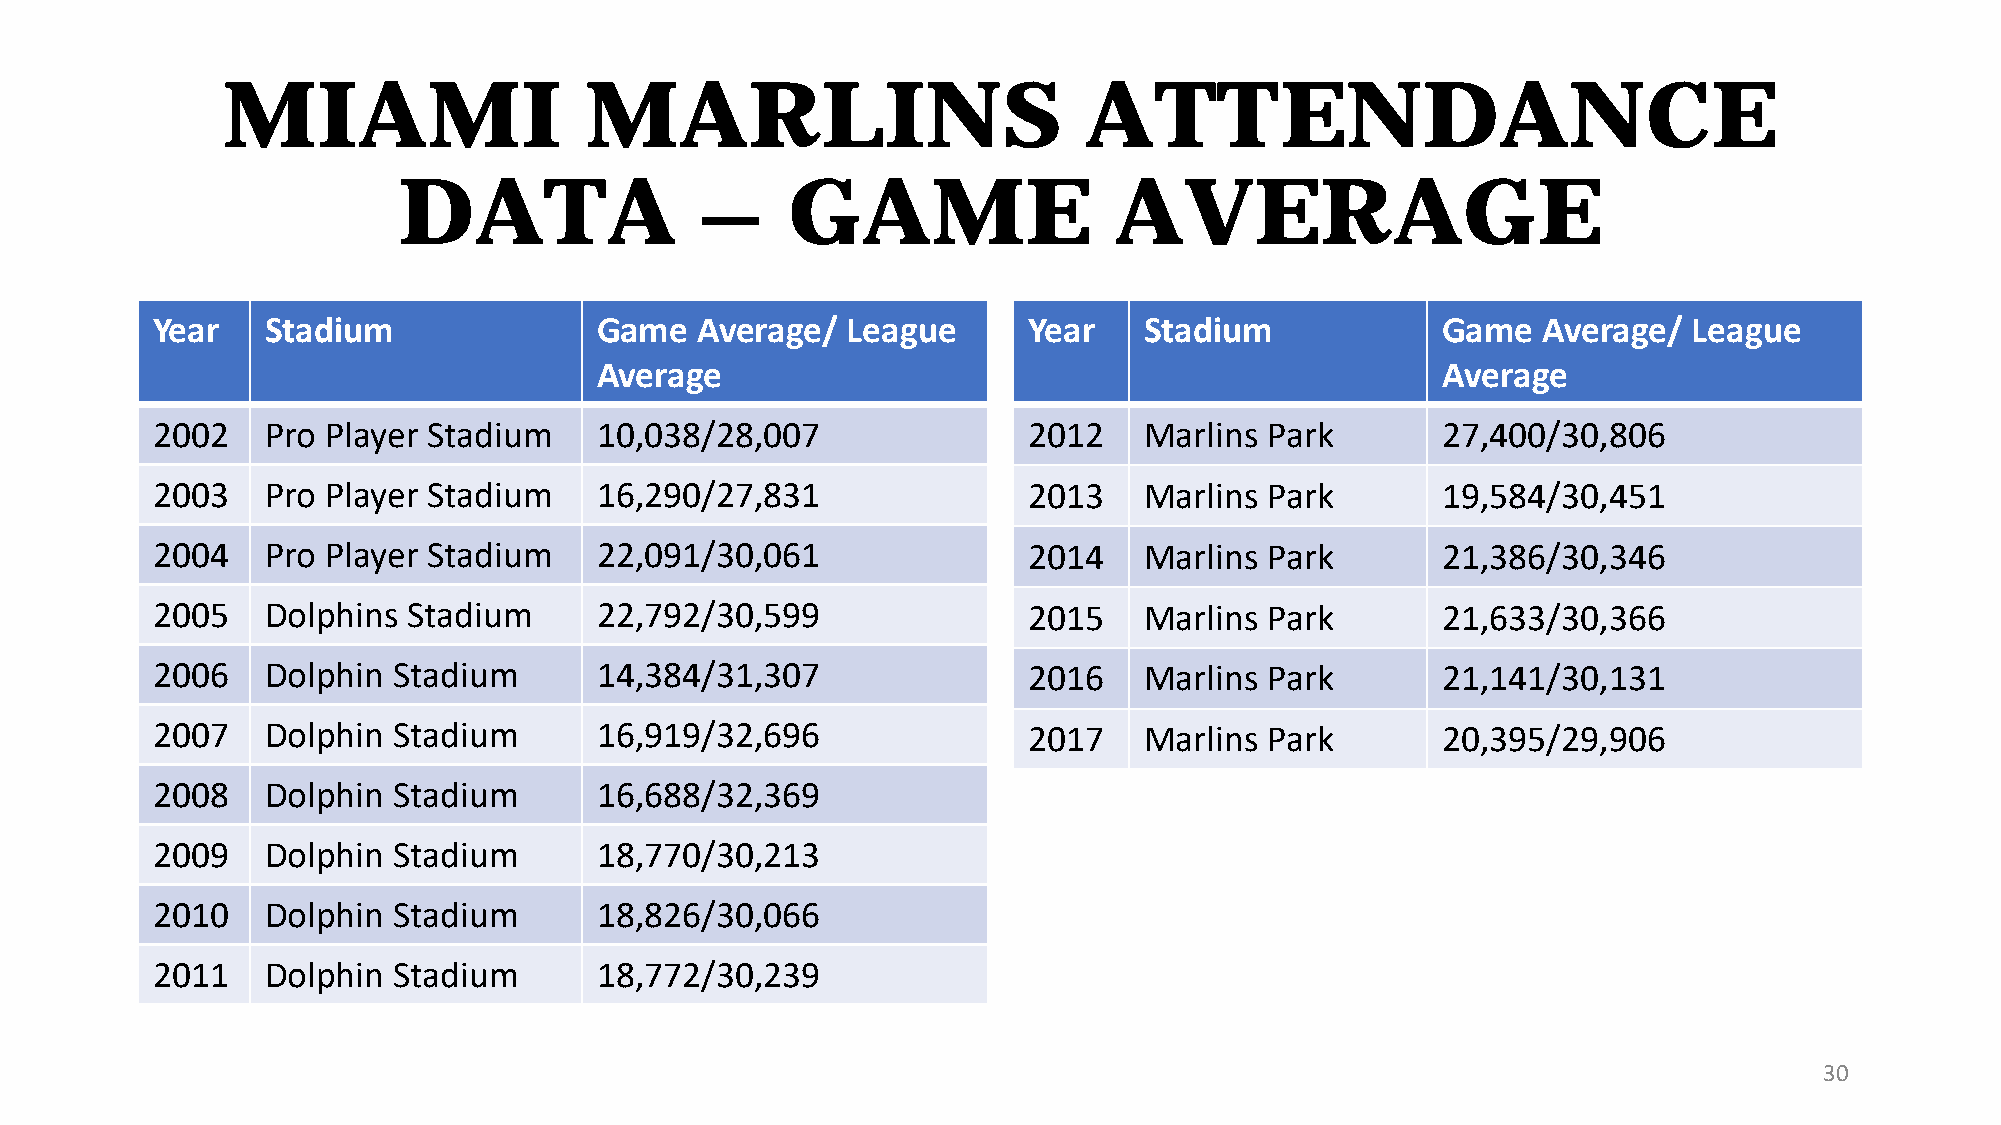
MIAMI                   MARLINS                          ATTENDANCE
 DATA                –     GAME                  AVERAGE
 Year    Stadium               Game  Average/  League      Year    Stadium            Game   Average/  League
 Average                                                Average
 2002    Pro Player Stadium    10,038/28,007               2012    Marlins Park       27,400/30,806
 2003    Pro Player Stadium    16,290/27,831               2013    Marlins Park       19,584/30,451
 2004    Pro Player Stadium    22,091/30,061               2014    Marlins Park       21,386/30,346
 2005    Dolphins Stadium      22,792/30,599               2015    Marlins Park       21,633/30,366
 2006    Dolphin Stadium       14,384/31,307               2016    Marlins Park       21,141/30,131
 2007    Dolphin Stadium       16,919/32,696               2017    Marlins Park       20,395/29,906
 2008    Dolphin Stadium       16,688/32,369
 2009    Dolphin Stadium       18,770/30,213
 2010    Dolphin Stadium       18,826/30,066
 2011    Dolphin Stadium       18,772/30,239
 30